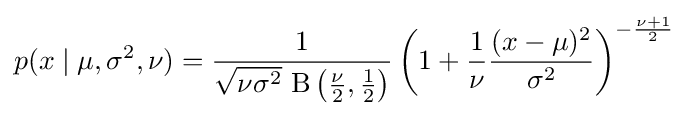
p(x\mid \mu ,\sigma ^{2},\nu )={\frac {1}{{\sqrt {\nu \sigma ^{2}}}\,\operatorname {\mathrm {B} } \left({\frac {\nu }{2}},{\frac {1}{2}}\right)}}\left(1+{\frac {1}{\nu }}{\frac {(x-\mu )^{2}}{\sigma ^{2}}}\right)^{-{\frac {\nu +1}{2}}}